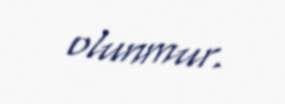
olunmur.